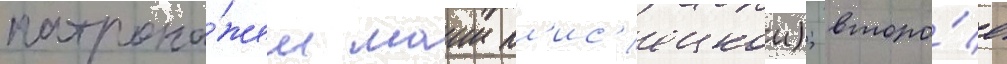
патрона́жем маии пл'ис'ецкои); второ́е